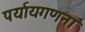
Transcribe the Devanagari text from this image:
पर्यायगणना